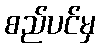
စည်ပင်မှ